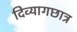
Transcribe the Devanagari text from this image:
दिव्यागछात्र